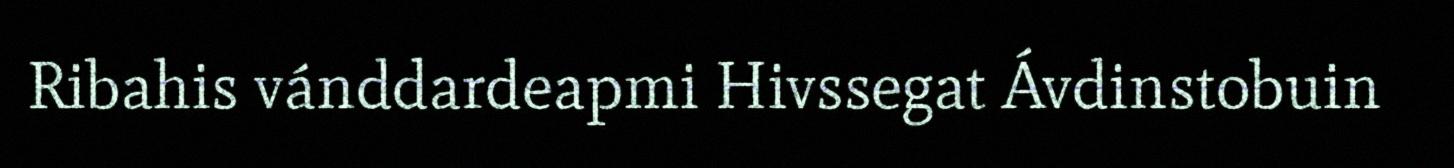
Ribahis vánddardeapmi Hivssegat Ávdinstobuin